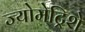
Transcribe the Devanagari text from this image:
ज्योमेट्रिशे